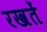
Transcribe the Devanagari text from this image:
रखतेें